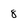
Character: 8